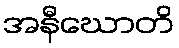
အနီဃောတိ